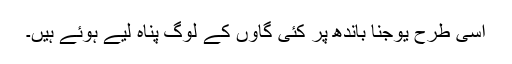
اسی طرح یوجنا باندھ پر کئی گاؤں کے لوگ پناہ لیے ہوئے ہیں۔